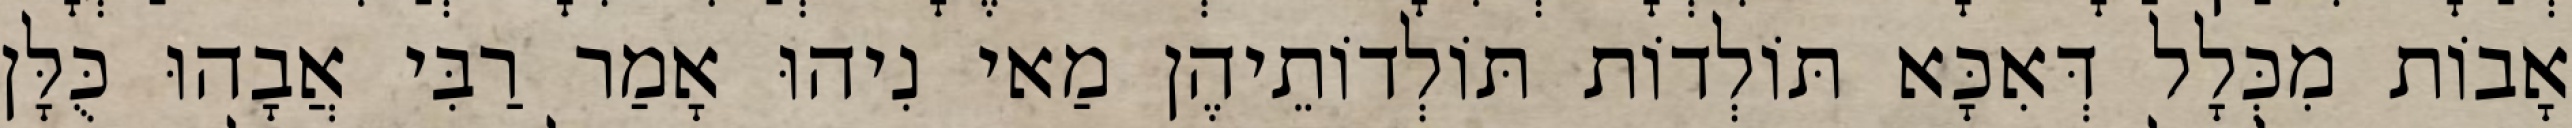
אָבוֹת מִכְּלָל דְּאִכָּא תּוֹלְדוֹת תּוֹלְדוֹתֵיהֶן מַאי נִיהוּ אָמַר רַבִּי אֲבָהוּ כֻּלָּן